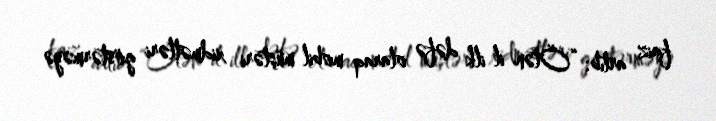
faiz artıb: “Ötən il ilk dəfə olaraq mobil müştəri xidmətləri göstərməyə